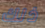
ذلك